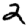
Digit: 2